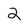
Character: 2